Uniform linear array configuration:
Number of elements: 8
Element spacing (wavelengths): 1
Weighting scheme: cosine
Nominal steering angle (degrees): -45
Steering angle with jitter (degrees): -43.933
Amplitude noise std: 0.05
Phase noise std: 0.05

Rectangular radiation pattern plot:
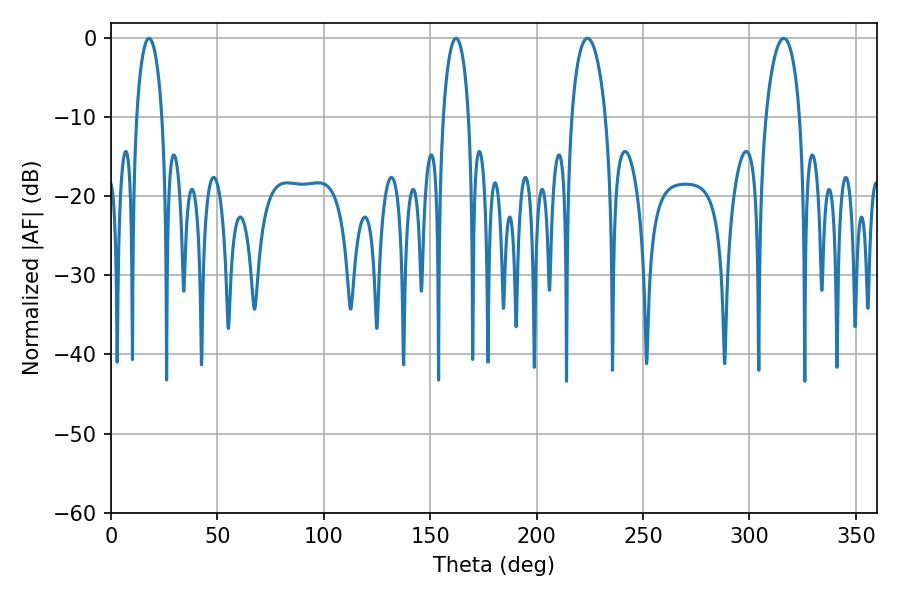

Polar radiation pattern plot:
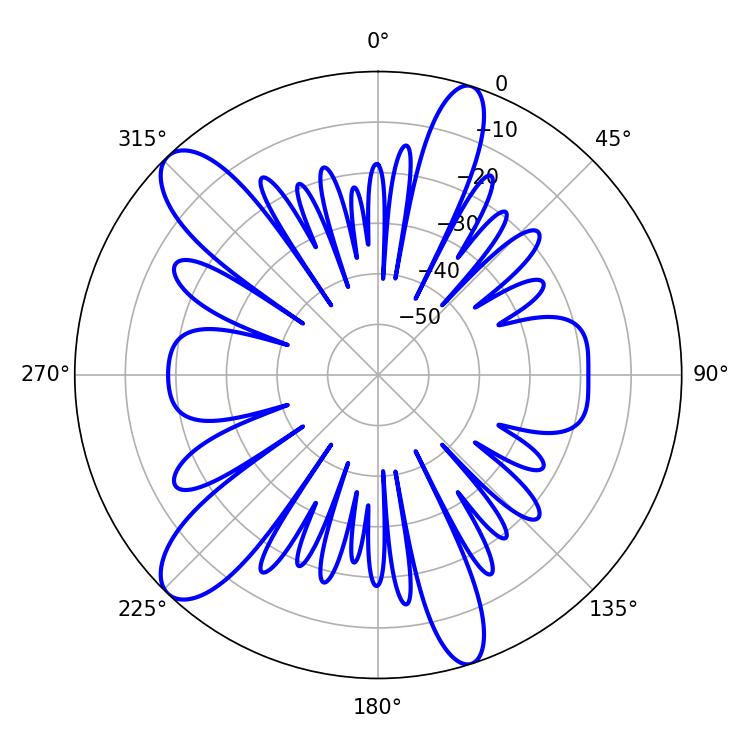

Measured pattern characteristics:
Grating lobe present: TRUE
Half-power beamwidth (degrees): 9.18
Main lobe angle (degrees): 223.92